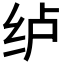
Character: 𮉡